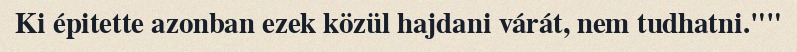
Ki épitette azonban ezek közül hajdani várát, nem tudhatni.""